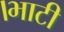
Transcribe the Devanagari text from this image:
।भाटी